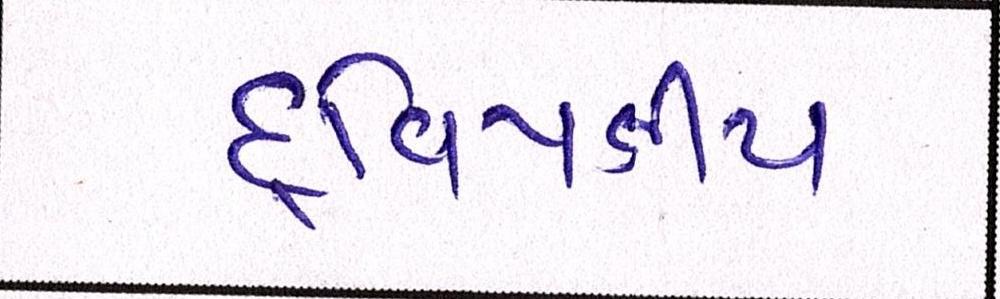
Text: દ્વિપક્ષીય